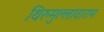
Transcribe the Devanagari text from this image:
थिरुमुल्लावाराम